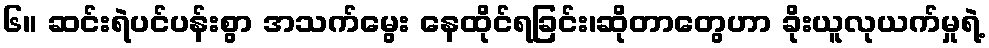
၆။ ဆင်းရဲပင်ပန်းစွာ အသက်မွေး နေထိုင်ရခြင်း၊ဆိုတာတွေဟာ ခိုးယူလုယက်မှုရဲ့